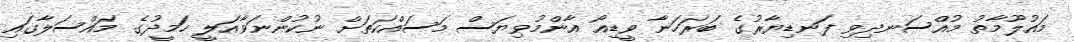
މައުލޫމާތު މުއްސަނދިވި ފަނޑިޔާރުގެ ބަރަހަނާ ވީޑިއޯ އާންމުވިޔަސް މަސައްކަތަށް ނުކުންނަވާއަލީ ހަމީދުގެ މައްސަލާގައި